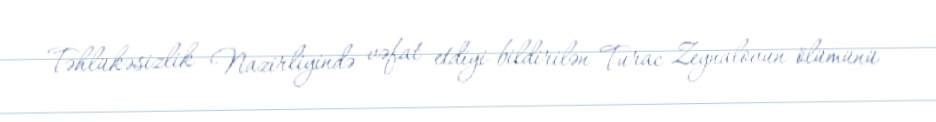
Təhlükəsizlik Nazirliyində vəfat etdiyi bildirilən Turac Zeynalovun ölümünü